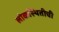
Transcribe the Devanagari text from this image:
लोकस्थितीची